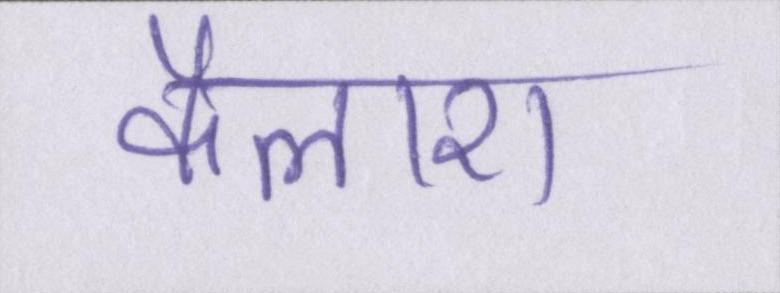
कैलाश